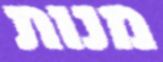
מנות